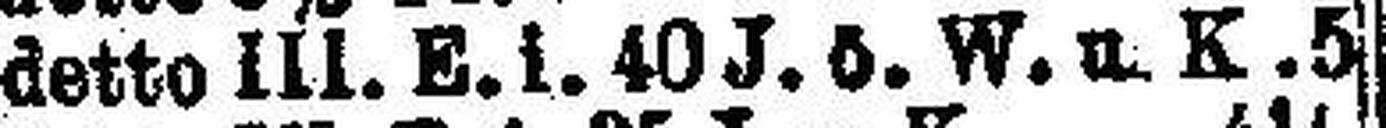
detto III. E. i. 40 J. ö. W. u. K. 5